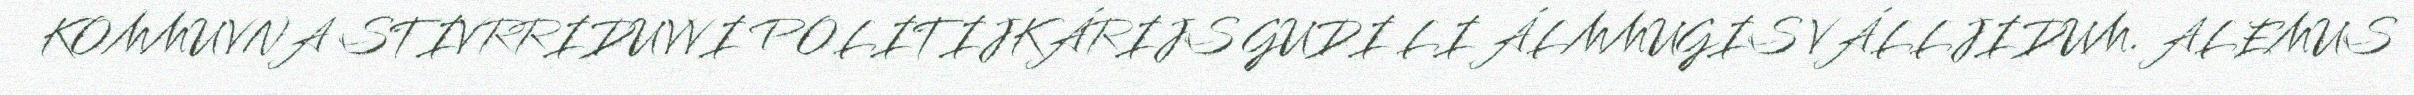
KOMMUVNA STIVRRIDUVVI POLITIJKÁRIJS GUDI LI ÁLMMUGIS VÁLLJIDUM. ALEMUS